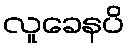
လူခေနပိ